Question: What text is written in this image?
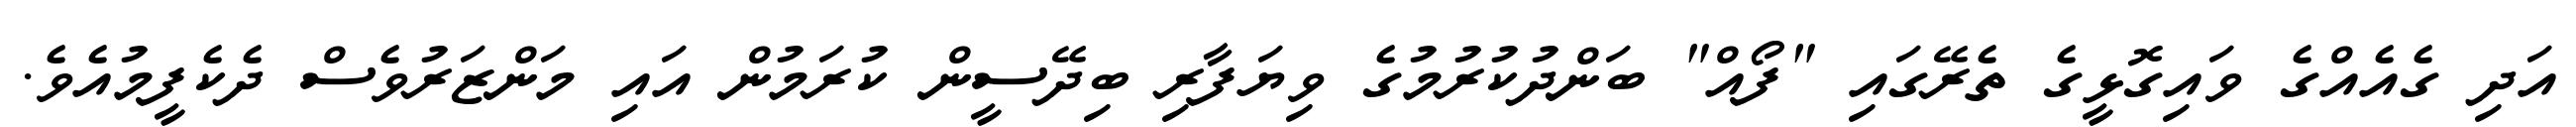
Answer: އަދި ގެއެއްގެ ވައިގޮޅީގެ ތެރޭގައި "ފޯއް" ބަންދުކުރުމުގެ ވިޔަފާރި ބިދޭސީން ކުރަމުން އައި މަންޒަރުވެސް ދެކެފީމުއެވެ.